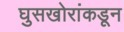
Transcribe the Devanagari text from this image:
घुसखोरांकडून